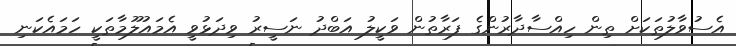
އެސުވާލުތަކަށް ތިން ހިއްސާދާރުންގެ ފަރާތުން ވަކީލު އަބްދު ނަސީރު ވިދަޅުވީ އެމައުލޫމާތަކީ ހަމައެކަނި